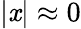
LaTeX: |\mathit{x}|\approx0